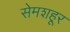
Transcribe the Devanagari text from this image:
सेमशहूर